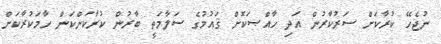
ނުޖެހޭ ކުރާކަށް ސަރުކާރުން އަދި ހާއްޞަކޮށް ޤައުމުގެ ސަލާމަތީ ބާރުން ކުރާކަންކަން ހާމަކުރާކަށް